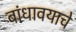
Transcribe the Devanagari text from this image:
बांधावयाचे